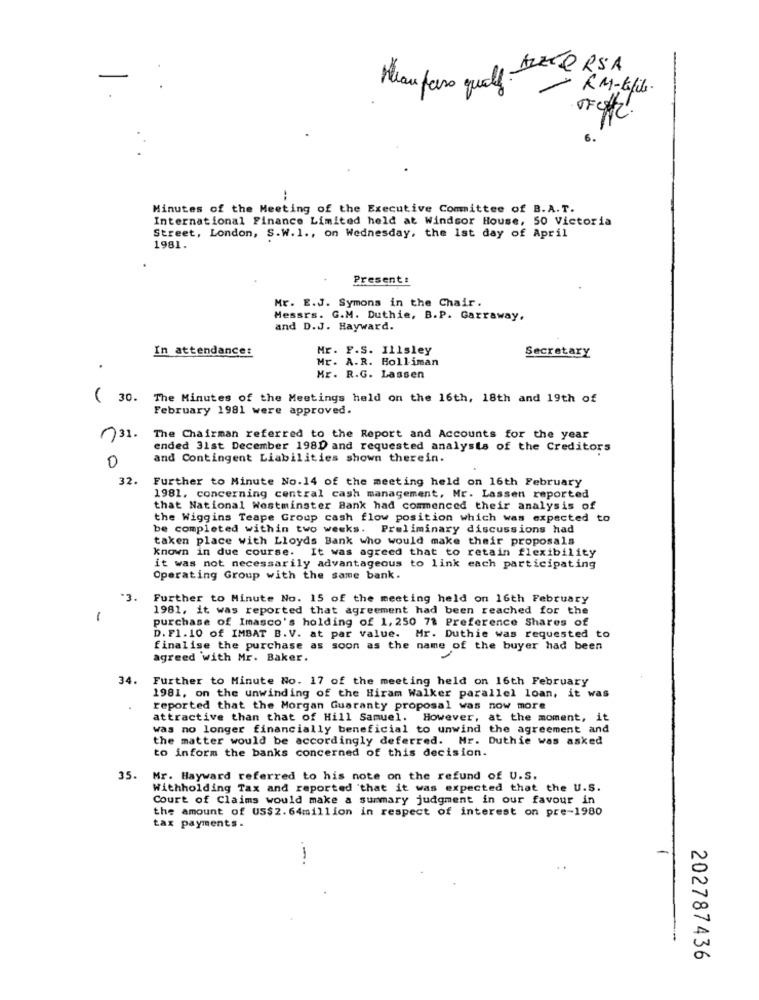
ALEXORSA
Heau pairs qualf
- RM-this.
6.
..
Minutes of the Meeting of the Executive Committee of B.A.T.
International Finance Limited held at Windsor House, 50 Victoria
Street, London, S.W. 1 ., on Wednesday, the 1st day of April
1981.
Present:
Mr. E.J. Symons in the Chair.
Messrs. G.M. Duthie, B.P. Garraway.
and D.J. Hayward.
In attendance:
Mr. F.S. Illsley
Mr. A.R. Bolliman
Secretary
Mr. R.G. Lassen
(30. The Minutes of the Meetings held on the 16th, 18th and 19th of
February 1981 were approved.
31. The Chairman referred to the Report and Accounts for the year
ended 31st December 198D and requested analysts of the Creditors
and Contingent Liabilities shown therein.
0
32.
Further to Minute No.14 of the meeting held on 16th February
1981. concerning central cash management, Mr. Lassen reported
that National Westminster Bank had commenced their analysis of
the Wiggins Teape Group cash flow position which was expected to
be completed within two weeks. Preliminary discussions had
taken place with Lloyds Bank who would make their proposals
known in due course. It was agreed that to retain flexibility
it was not necessarily advantageous to link each participating
Operating Group with the same bank.
Further to Minute No. 15 of the meeting held on 16th February
1981, it was reported that agreement had been reached for the
-
purchase of Imasco's holding of 1, 250 7ª Preference Shares of
D. F1. 10 of IMBAT B. V. at par value. Mr. Duthie was requested to
finalise the purchase as soon as the name of the buyer had been
agreed with Mr. Baker.
34. Further to Minute No. 17 of the meeting held on 16th February
1981, on the unwinding of the Hiram Walker parallel loan, it was
4
reported that the Morgan Guaranty proposal was now more
attractive than that of Hill Samuel. However, at the moment, it
was no longer financially beneficial to unwind the agreement and
the matter would be accordingly deferred. Mr. Duthie was asked
to inform the banks concerned of this decision.
35.
Mr. Hayward referred to his note on the refund of U.S.
Withholding Tax and reported that it was expected that the U.S.
Court of Claims would make a summary judgment in our favour in
the amount of US$2. 64million in respect of interest on pre-1980
tax payments.
-
202787436